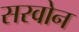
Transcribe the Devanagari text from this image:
सरवोन